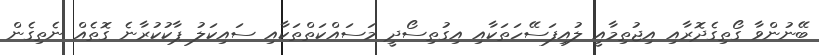
ބޭނުންވާ ގޯތިގެދޮރާއި އިޖުތިމާއީ ލުއިފަސޭހަތަކާއި އިގުތިސޯދީ މަސައްކަތްތަކާއި ސައިކަލު ޕާކުކުރާނެ ގޮތެއް ނެތިގެން